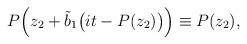
LaTeX: \begin{align*}P\Big(z_2+\tilde b_1\big(it-P(z_2)\big)\Big)\equiv P(z_2),\end{align*}